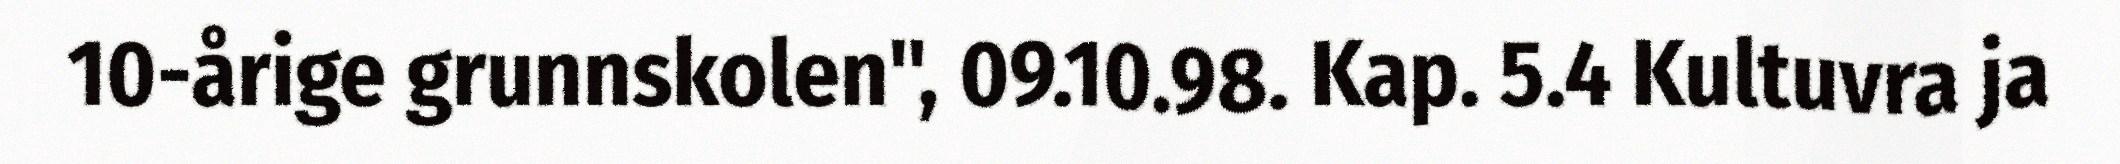
10-årige grunnskolen", 09.10.98. Kap. 5.4 Kultuvra ja